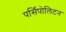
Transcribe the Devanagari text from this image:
पर्सिपोलिटन